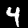
Digit: 4